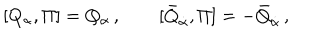
[ Q _ { \alpha } , \Pi ] = Q _ { \alpha } \, , \qquad [ \bar { Q } _ { \dot { \alpha } } , \Pi ] = - \bar { Q } _ { \dot { \alpha } } \, ,